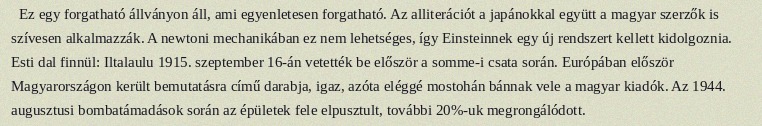
Ez egy forgatható állványon áll, ami egyenletesen forgatható. Az alliterációt a japánokkal együtt a magyar szerzők is szívesen alkalmazzák. A newtoni mechanikában ez nem lehetséges, így Einsteinnek egy új rendszert kellett kidolgoznia. Esti dal finnül: Iltalaulu 1915. szeptember 16-án vetették be először a somme-i csata során. Európában először Magyarországon került bemutatásra című darabja, igaz, azóta eléggé mostohán bánnak vele a magyar kiadók. Az 1944. augusztusi bombatámadások során az épületek fele elpusztult, további 20%-uk megrongálódott.